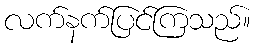
လက်နက်ပြင်ကြသည်။